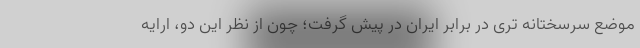
موضع سرسختانه تری در برابر ایران در پیش گرفت؛ چون از نظر این دو، ارایه